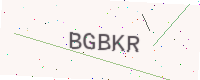
Text: BGBKR